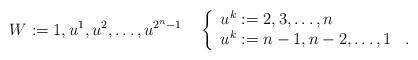
LaTeX: \begin{align*}W:=1,u^1,u^2,\dots,u^{2^n-1}\quad\left\{\begin{array}{ll}u^k:=2,3,\dots, n&\\u^k:=n-1,n-2,\dots,1&.\end{array}\right.\end{align*}